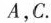
A，C.